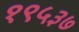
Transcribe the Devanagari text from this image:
१९५३७